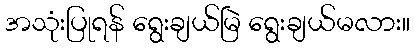
အသုံးပြုရန် ရွေးချယ်မြဲ ရွေးချယ်မလား။